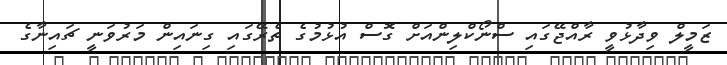
ޒަމީލް ވިދާޅުވީ ރާއްޖޭގައި ސްނޯކްލިންއަށް ގޮސް އުޅުމުގެ ތެރޭގައި ގިނައިން މަރުވަނީ ޗައިނާގެ